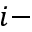
i -